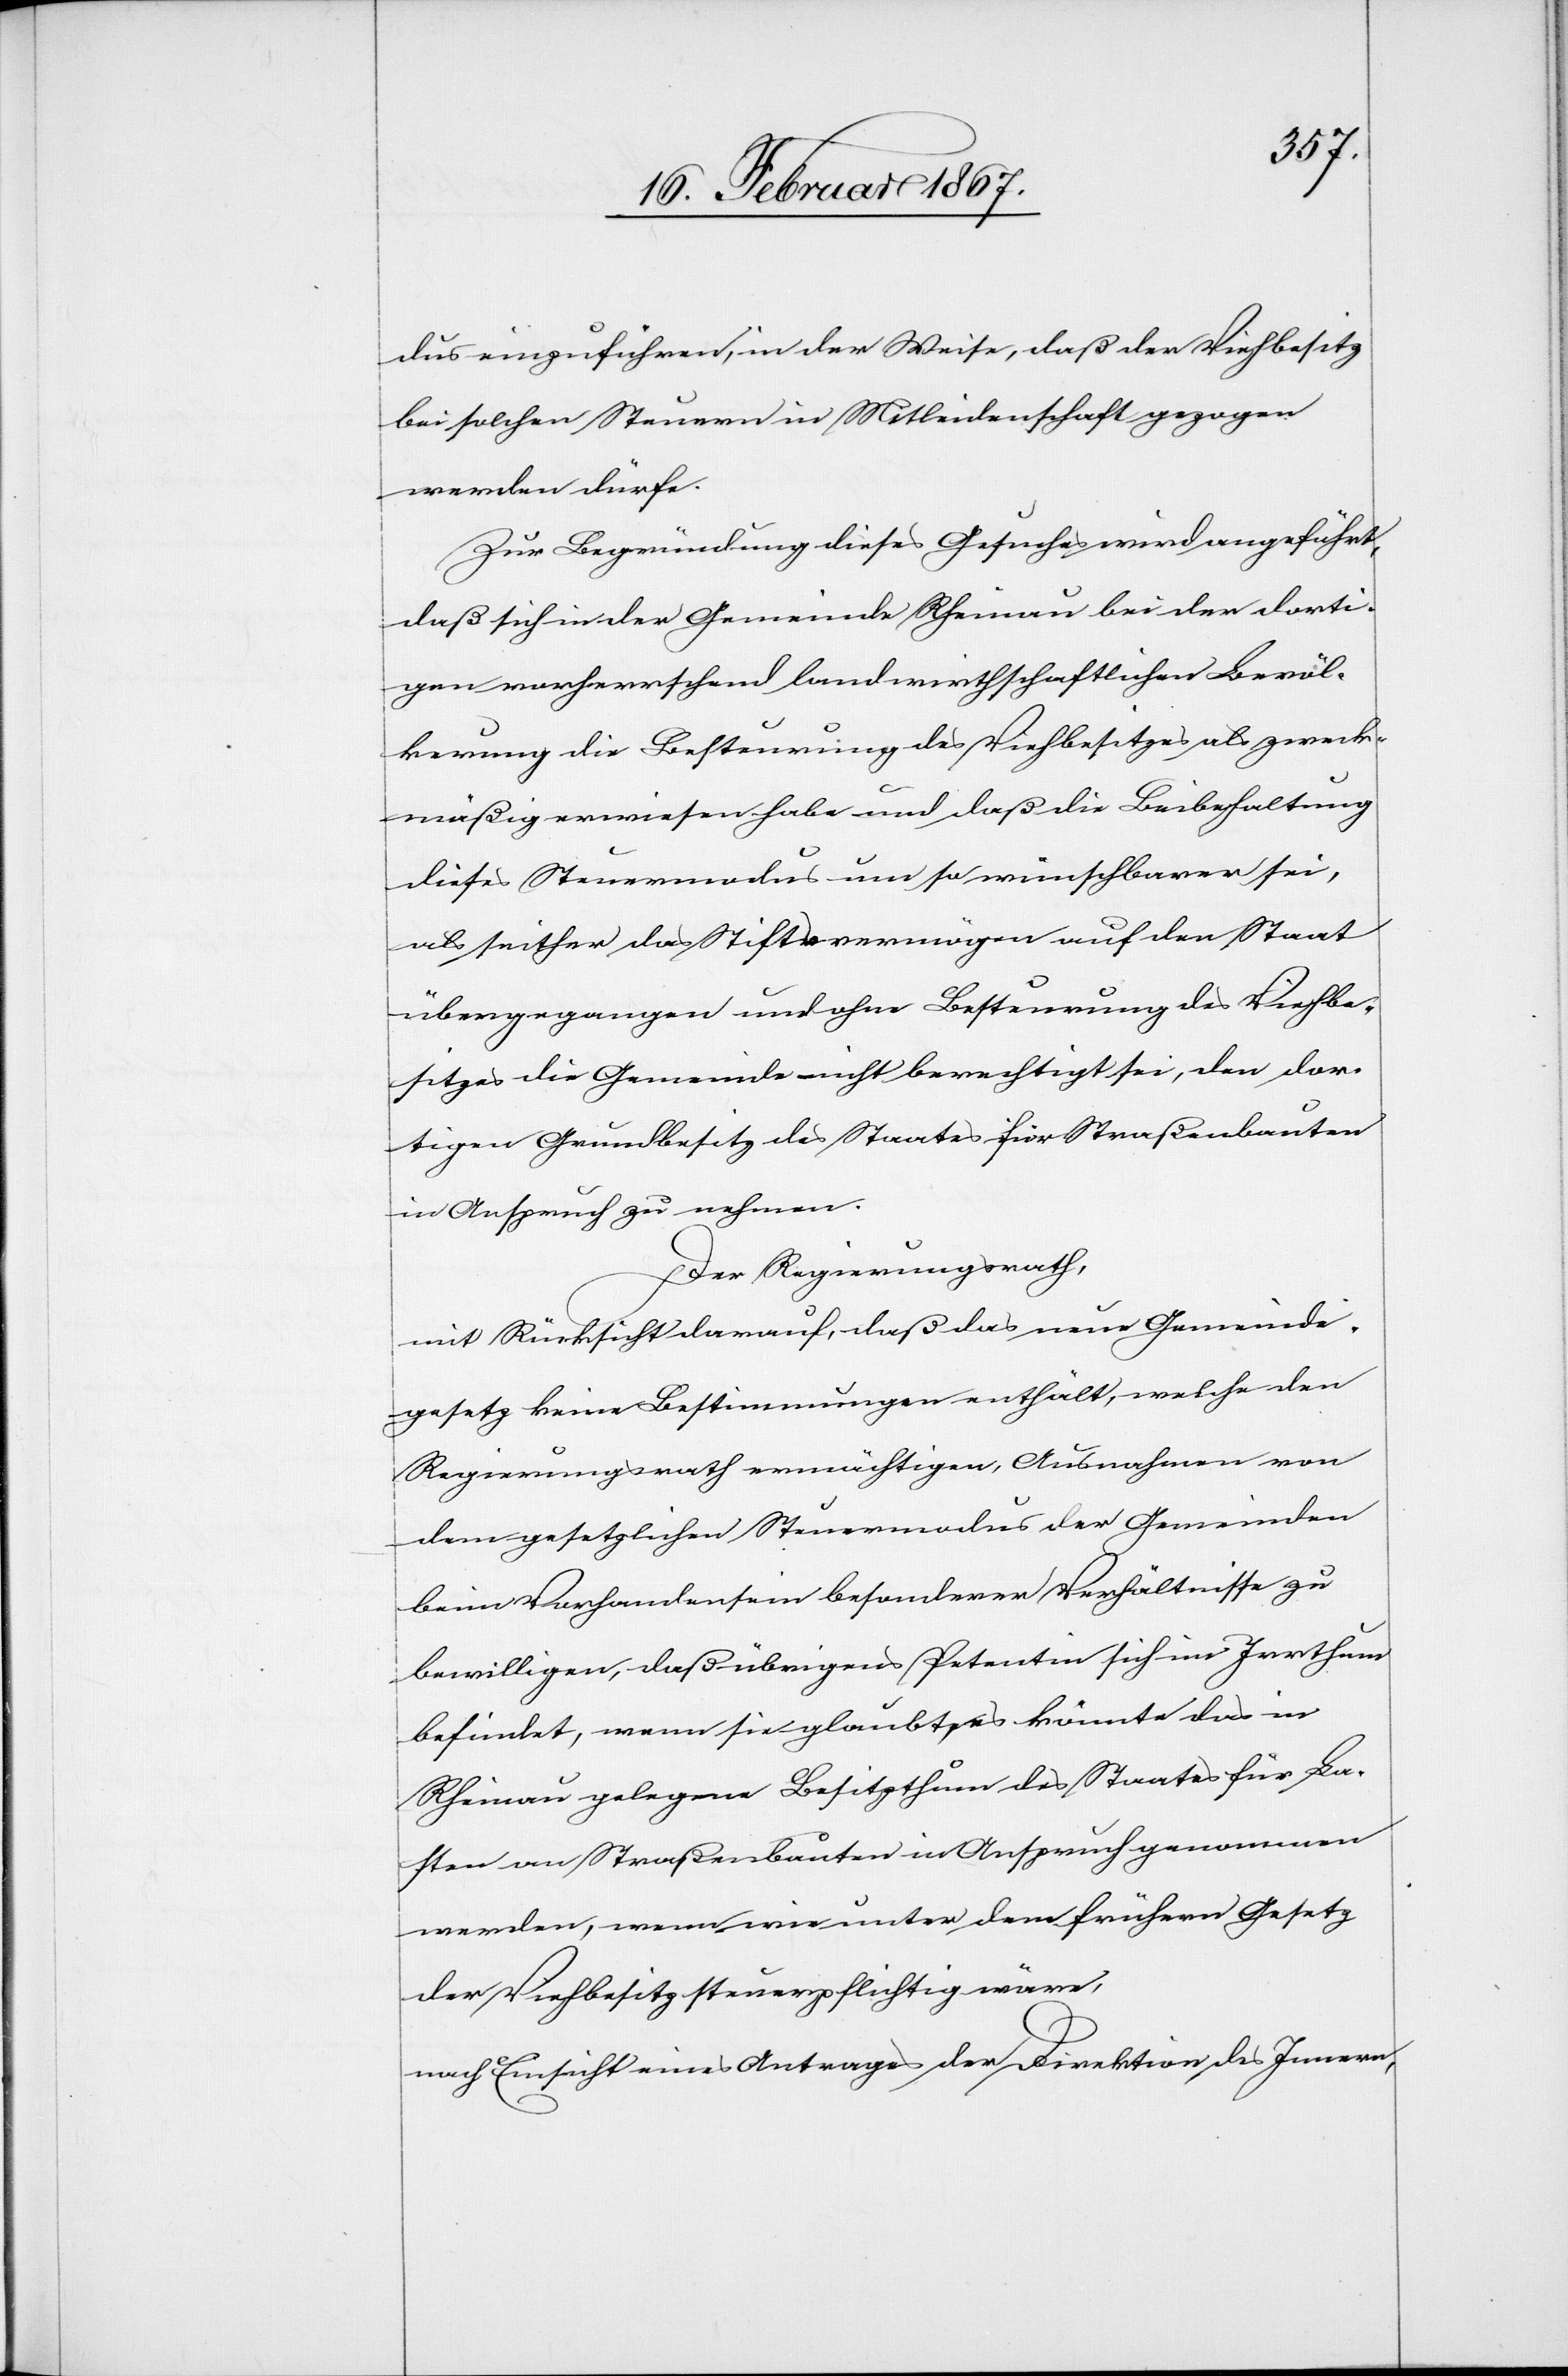
dus einzuführen, in der Weise, daß der Viehbesitz
bei solchen Steuern in Mitleidenschaft gezogen
werden dürfe.
Zur Begründung dieses Gesuches wird angeführt,
daß sich in der Gemeinde Rheinau bei der dorti¬
gen vorherrschend landwirthschaftlichen Bevöl¬
kerung die Besteuerung des Viehbesitzes als zweck¬
mäßig erwiesen habe und daß die Beibehaltung
dieses Steuermodus um so wünschbarer sei,
als seither das Stiftsvermögen auf den Staat
übergegangen und ohne Besteurung des Viehbe¬
sitzes die Gemeinde nicht berechtigt sei, den dor¬
tigen Grundbesitz des Staates für Straßenbauten
in Anspruch zu nehmen.
Der Regierungsrath,
mit Rücksicht darauf, daß das neue Gemeinde¬
gesetz keine Bestimmungen enthält, welche den
Regierungsrath ermächtigen, Ausnahmen von
dem gesetzlichen Steuermodus der Gemeinden
beim Vorhandensein besonderer Verhältnisse zu
bewilligen, daß übrigens Petentin sich im Irrthum
befindet, wenn sie glaubt, es könnte das in
Rheinau gelegene Besitzthum des Staates für La¬
sten an Straßenbauten in Anspruch genommen
werden, wenn wie unter dem frühern Gesetz
der Viehbesitz steuerpflichtig wäre.
nach Einsicht eines Antrages der Direktion des Innern,